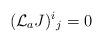
LaTeX: \begin{align*}({\cal L}_a J)^i{}_j = 0 \end{align*}